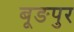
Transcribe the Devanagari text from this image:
बूङपुर